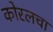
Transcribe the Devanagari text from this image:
कोरलचा